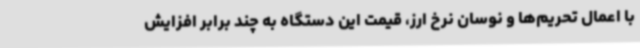
با اعمال تحریم‌ها و نوسان نرخ ارز، قیمت این دستگاه به چند برابر افزایش